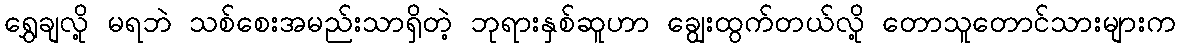
ရွှေချလို့ မရဘဲ သစ်စေးအမည်းသာရှိတဲ့ ဘုရားနှစ်ဆူဟာ ချွေးထွက်တယ်လို့ တောသူတောင်သားများက